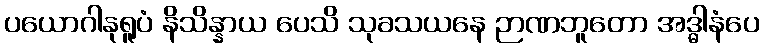
ပယောဂါနုရူပံ နိသိန္နာယ ပေသိ သုခသယနေ ဉာဏဘူတော အဒ္ဓါနံပေ